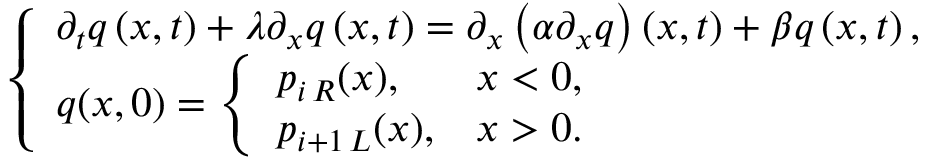
\left\lbrace \begin{array} { l } { \partial _ { t } q \left( x , t \right) + \lambda \partial _ { x } q \left( x , t \right) = \partial _ { x } \left( \alpha \partial _ { x } q \right) \left( x , t \right) + \beta q \left( x , t \right) , } \\ { q ( x , 0 ) = \left\lbrace \begin{array} { l l } { p _ { i \, R } ( x ) , } & { x < 0 , } \\ { p _ { i + 1 \, L } ( x ) , } & { x > 0 . } \end{array} \right. } \end{array} \right.